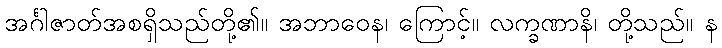
အင်္ဂါဇာတ်အစရှိသည်တို့၏။ အဘာဝေန၊ ကြောင့်။ လက္ခဏာနိ၊ တို့သည်။ န